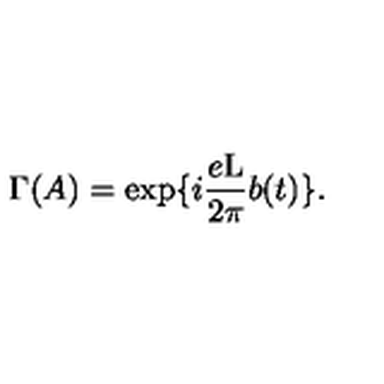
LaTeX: \Gamma ( A ) = \exp \{ i \frac { e \mathrm { L } } { 2 \pi } b ( t ) \} .